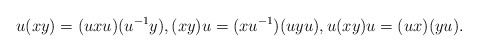
\begin{align*} u(xy) = (u x u) (u^{-1} y), (xy)u = (x u^{-1})(uy u), u(xy) u = (ux)(y u). \end{align*}